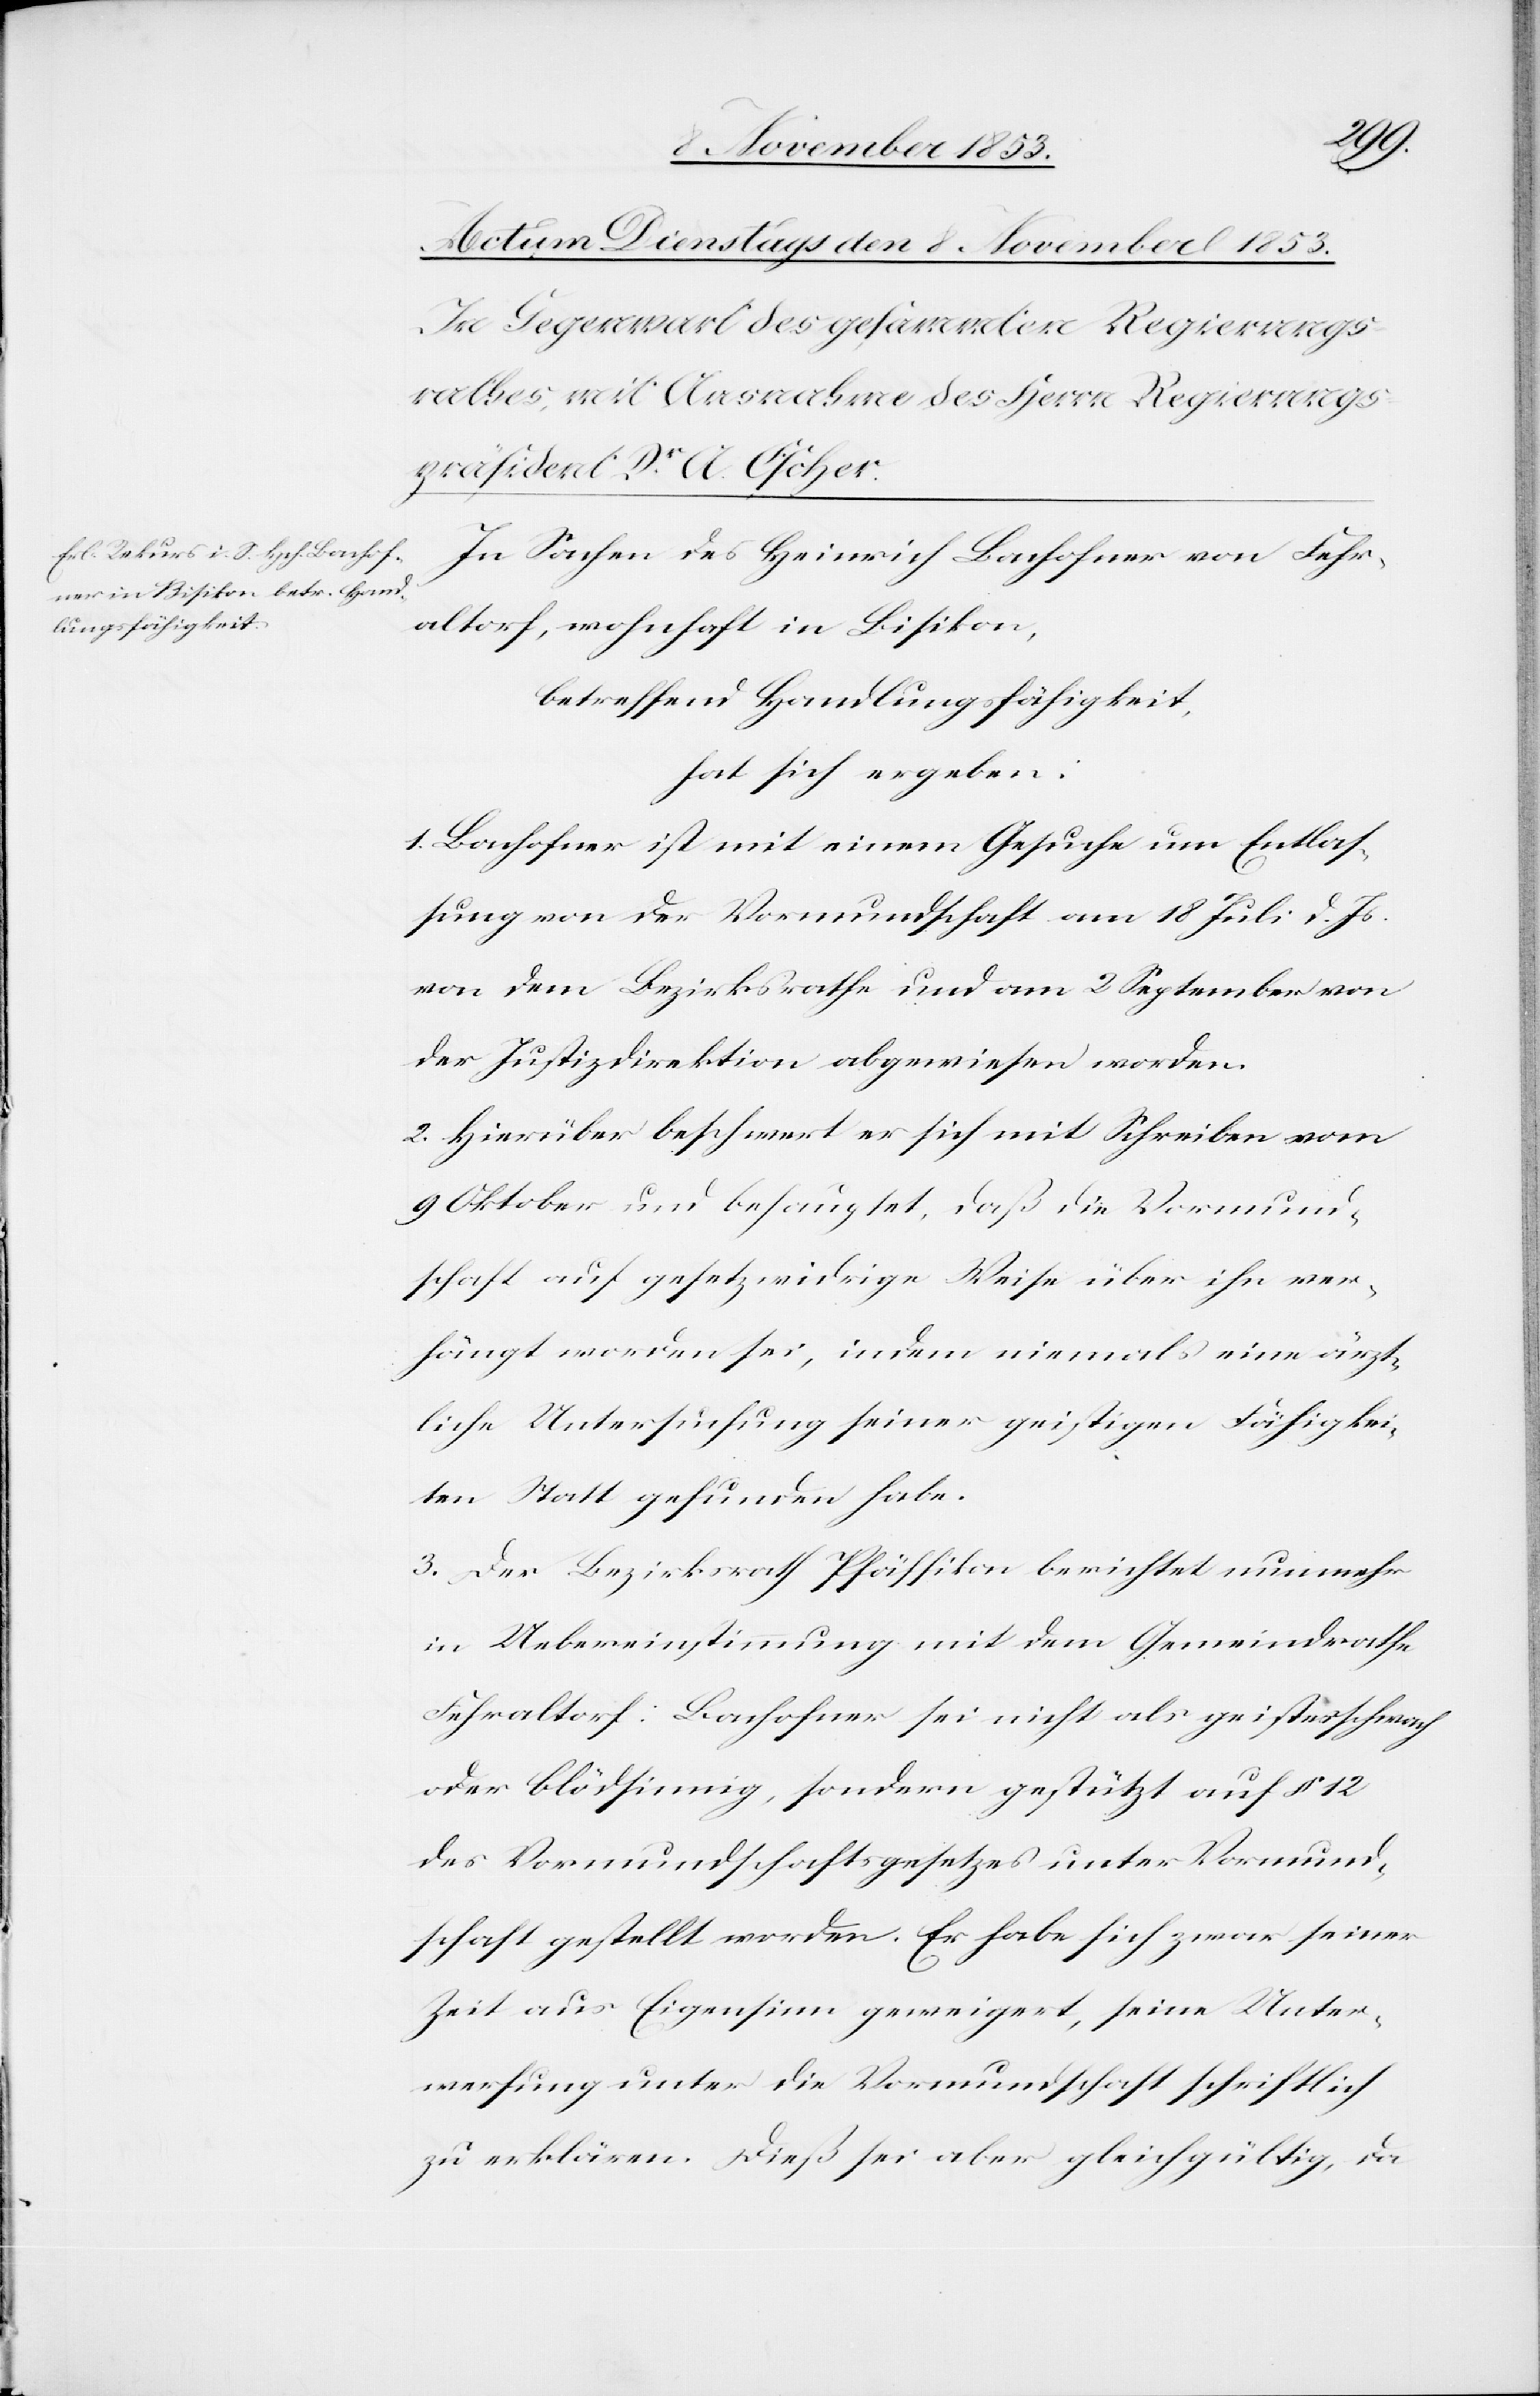
In Sachen des Heinrich Bachofner von Fehr¬
altorf, wohnhaft in Bisikon,
betreffend Handlungsfähigkeit,
hat sich ergeben:
1. Bachofner ist mit einem Gesuche um Entlaß¬
ung von der Vormundschaft am 18 Juli d. Js.
von dem Bezirksrath und am 2 September von
der Justizdirektion abgewiesen worden.
2. Hierüber beschwert er sich mit Schreiben vom
9 Oktober und behauptet, daß die Vormund¬
schaft auf gesetzwidrige Weise über ihn ver¬
hängt worden sei, indem niemals eine ärzt¬
liche Untersuchung seiner geistigen Fähigkei¬
ten Statt gefunden habe.
3. Der Bezirksrath Pfäffikon berichtet nunmehr
in Uebereinstimmung mit dem Gemeindrathe
Fehraltorf: Bachofner sei nicht als geistesschwach
oder blödsinnig, sondern gestützt auf § 12
des Vormundschaftsgesetzes unter Vormund¬
schaft gestellt worden. Er habe sich zwar seiner
Zeit aus Eigensinn geweigert, seine Unter¬
werfung unter die Vormundschaft schriftlich
zu erklären. Dieß sei aber gleichgültig, da